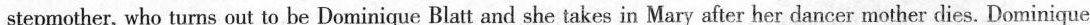
stepmother, who turns out to be Dominique Blatt and she takes in Mary after her dancer mother dies. Dominique